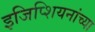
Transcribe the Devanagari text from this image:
इजिप्शियनांच्या